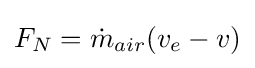
F_{N}={\dot {m}}_{air}(v_{e}-v)